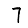
Digit: 7